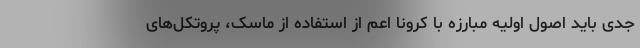
جدی باید اصول اولیه مبارزه با کرونا اعم از استفاده از ماسک، پروتکل‌های